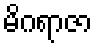
မိဂရာဇာ